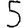
Digit: 5